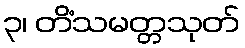
၃၊ တိံသမတ္တသုတ်